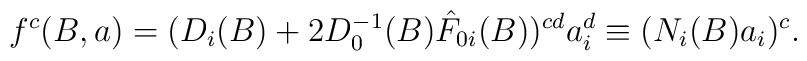
f^c(B,a) = (D_i(B) + 2D_0^{-1}(B) \hat{F}_{0i} (B))^{cd} a_i^d\equiv (N_i(B) a_i)^c.